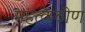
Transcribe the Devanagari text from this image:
महत्कठीण